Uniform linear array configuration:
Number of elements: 16
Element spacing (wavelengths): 0.75
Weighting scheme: uniform
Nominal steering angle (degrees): -60
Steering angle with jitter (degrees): -61.867
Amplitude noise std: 0.05
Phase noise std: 0.05

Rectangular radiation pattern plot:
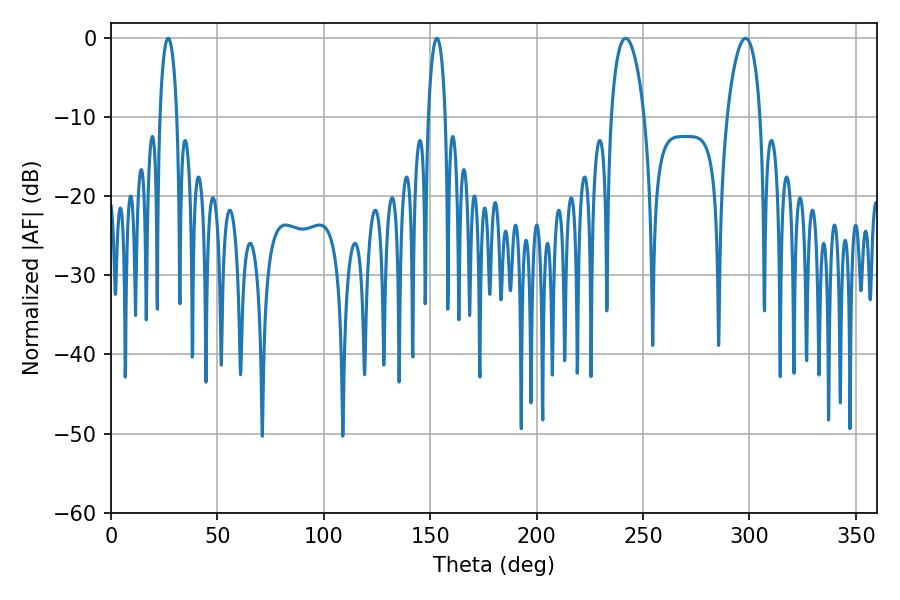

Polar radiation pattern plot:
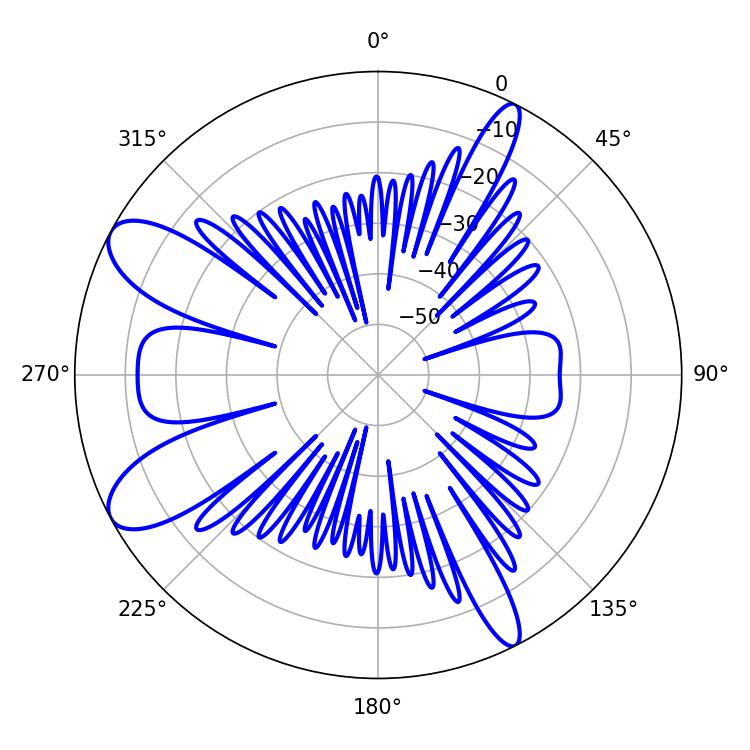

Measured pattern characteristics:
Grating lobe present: TRUE
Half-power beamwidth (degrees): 4.5
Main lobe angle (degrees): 153.18